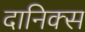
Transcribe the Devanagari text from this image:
दानिक्स